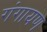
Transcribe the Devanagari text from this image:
गंगायण